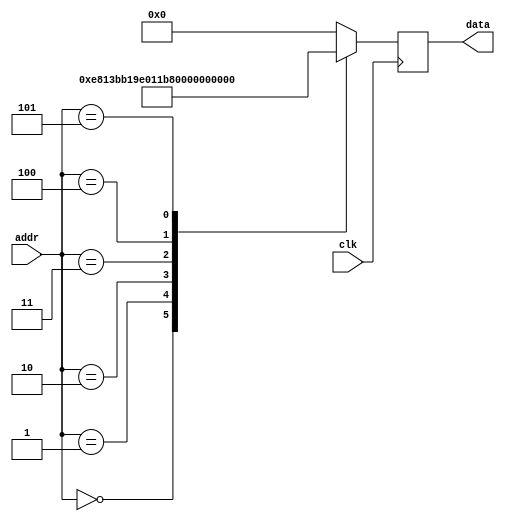
module rom #(
        parameter   DATA_WIDTH = 16,
        parameter   ADDR_WIDTH = 8          // 2 * 1024 bytes of ROM
    )(
        input  wire                  clk,
        input  wire [ADDR_WIDTH-1:0] addr,  // here comes the program counter
        output  reg [DATA_WIDTH-1:0] data   // here goes the instruction
    );

    reg [DATA_WIDTH-1:0] value;

    always @* begin
        case (addr)
						/*	 ldi 	r17, 0b10000011 		*/
		0:		value = 16'b1110100000010011;
		/*	 out 	tccr0a, r17 		*/
		1:		value = 16'b1011101100011001;
		/*	 ldi 	r17, 0b00000001 		*/
		2:		value = 16'b1110000000010001;
		/*	 out 	tccr0b, r17 		*/
		3:		value = 16'b1011101100011000;
		/*	 ldi 	r17, 63 		*/
		4:		value = 16'b1110001100011111;
		/*	 out 	ocr0a, r17 		*/
		5:		value = 16'b1011101100010110;
		default:		value = 16'b0000000000000000;


        endcase
    end

    always @(negedge clk) begin
        data <= value;
    end

endmodule